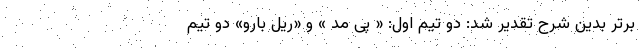
برتر بدین شرح تقدیر شد: دو تیم اول: « پی مد » و «ریل بارو» دو تیم